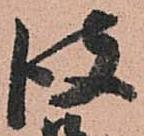
彼